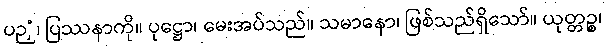
ပဉှံ၊ ပြဿနာကို။ ပုဋ္ဌော၊ မေးအပ်သည်။ သမာနော၊ ဖြစ်သည်ရှိသော်။ ယုတ္တဉ္စ၊